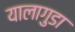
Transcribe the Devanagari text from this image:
यालागुडा